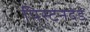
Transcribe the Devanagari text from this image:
पिस्टनदंड